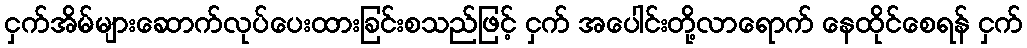
ငှက်အိမ်များဆောက်လုပ်ပေးထားခြင်းစသည်ဖြင့် ငှက် အပေါင်းတို့လာရောက် နေထိုင်စေရန် ငှက်